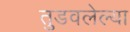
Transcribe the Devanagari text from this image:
तुडवलेल्या